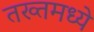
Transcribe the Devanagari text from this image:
तख्तमध्ये